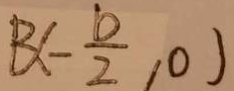
B ( - \frac { b } { 2 } , 0 )